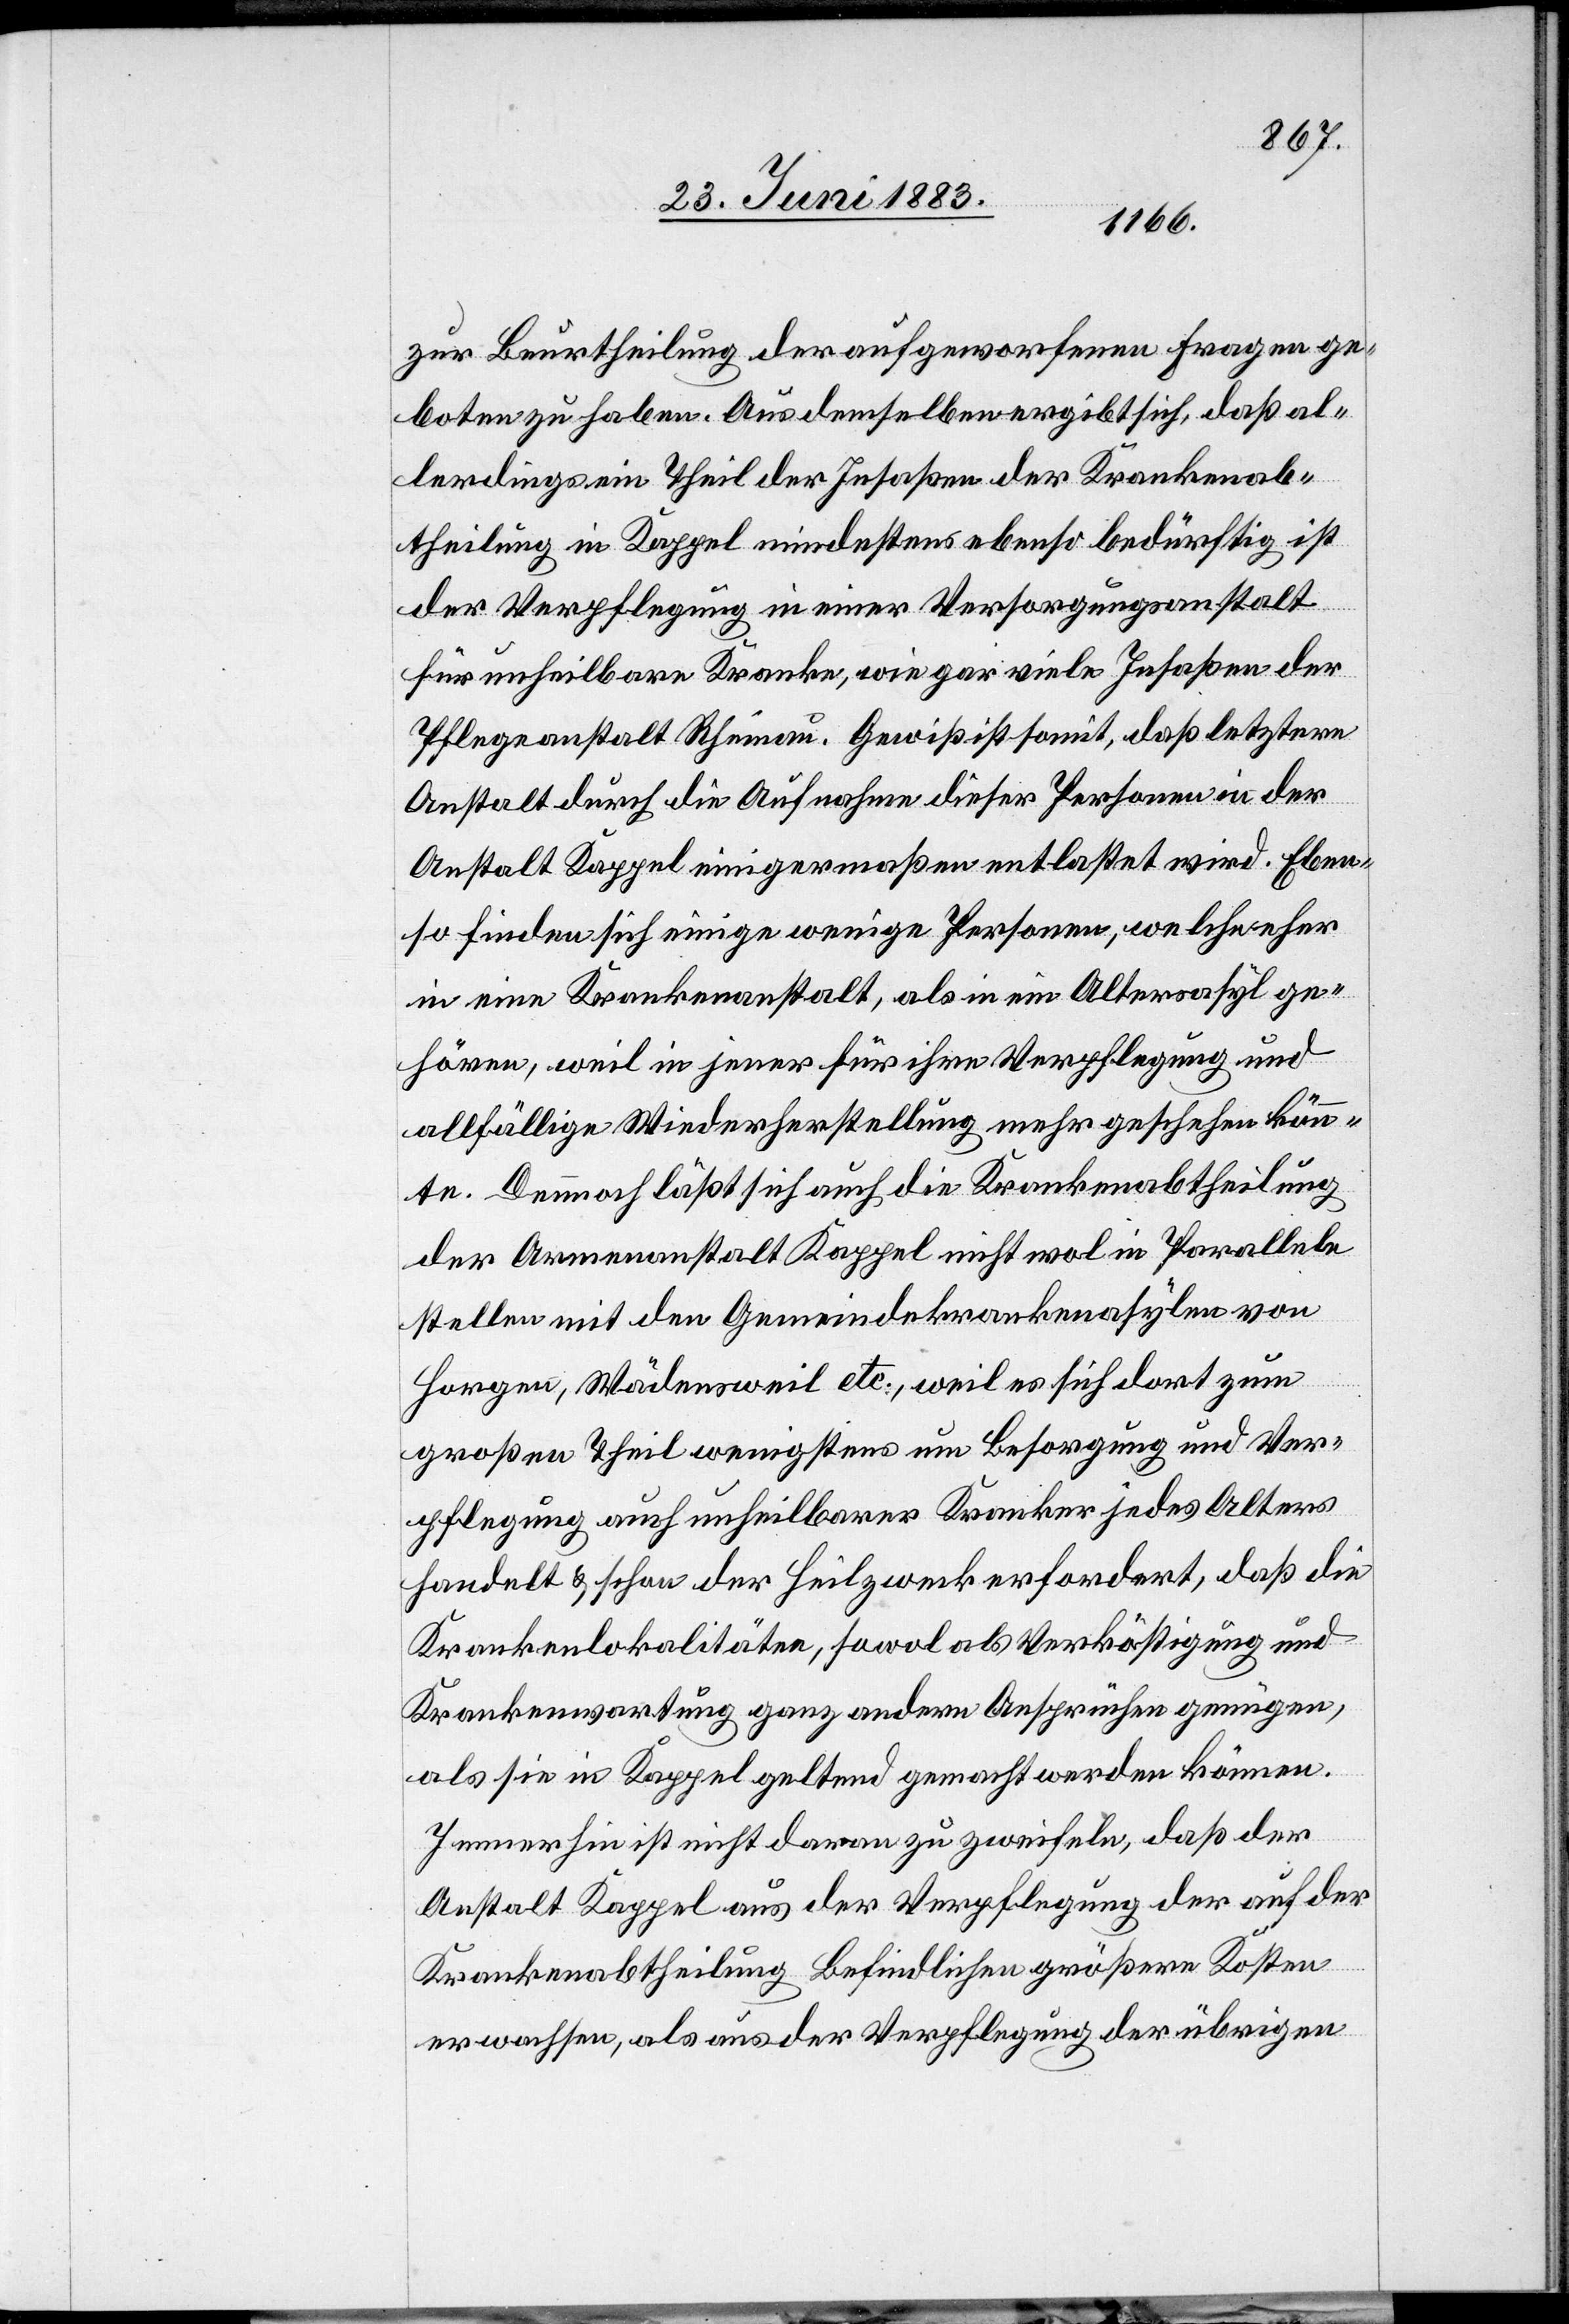
zur Beurtheilung der aufgeworfenen Fragen ge¬
boten zu haben. Aus demselben ergibt sich, daß al¬
lerdings ein Theil der Insassen der Krankenab¬
theilung in Kappel mindestens ebenso bedürft ist
der Verpflegung in einer Versorgungsanstalt
für unheilbare Kranke, wie gar viele Insassen der
Pflegeanstalt Rheinau. Gewiß ist somit, daß letztere
Anstalt durch die Aufnahme dieser Personen in der
Anstalt Kappel einigermaßen entlastet wird. Eben¬
so finden sich einige wenige Personen, welche eher
in eine Krankenanstalt, als in ein Altersasyl ge¬
hören, weil in jener für ihre Verpflegung und
allfällige Wiederherstellung mehr geschehen könn¬
te. Demnach läßt sich auch die Krankenabtheilung
der Armenanstalt Kappel nicht wol in Parallele
stellen mit den Gemeindekrankenasylen von
Horgen, Wädensweil etc., weil es sich dort zum
großen Theil wenigstens um Besorgung und Ver¬
pflegung auch unheilbarer Kranker jedes Alters
handelt & schon der Heilzweck erfordert, daß die
Krankenlokalitäten, sowol als Verköstigung und
Krankenwartung ganz andere Ansprüche genügen,
als sie in Kappel geltend gemacht werden können.
Immerhin ist nicht daran zu zweifeln, daß der
Anstalt Kappel aus der Verpflegung der auf der
Krankenabtheilung Befindlichen größere Kosten
erwachsen, als aus der Verpflegung der übrigen